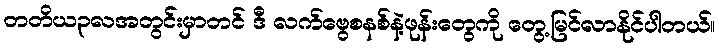
တတိယ၃လအတွင်းမှာတင် ဒီ လက်ဗွေစနစ်နဲ့ဖုန်းတွေကို တွေ့မြင်လာနိုင်ပါတယ်။